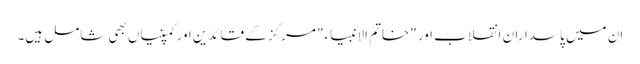
ان میں پاسداران انقلاب اور "خاتم الانبیاء" مرکز کے قائدین اور کمپنیاں بھی شامل ہیں۔